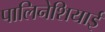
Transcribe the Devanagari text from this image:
पालिनेशियाई